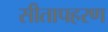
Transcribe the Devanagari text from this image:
सीतापहरण